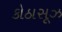
કોઠાસૂઝ